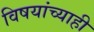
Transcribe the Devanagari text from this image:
विषयांच्याही